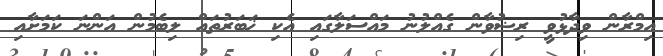
އިމްރާން ވިދާޅުވީ ރިޟުވާން ގެއްލުނު މައްސަލާގައި އެކި ޚަބަރުތައް ލިބެމުން އަންނަ ކަމަށާއި